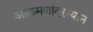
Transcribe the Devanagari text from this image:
आक्रमणांदरम्यान